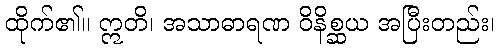
ထိုက်၏။ ဣတိ၊ အသာဓာရဏ ဝိနိစ္ဆယ အပြီးတည်း၊